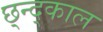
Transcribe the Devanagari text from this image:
छ्न्द्काल